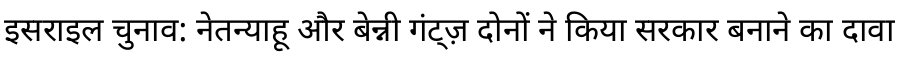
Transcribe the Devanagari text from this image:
इसराइल चुनाव: नेतन्याहू और बेन्नी गंट्ज़ दोनों ने किया सरकार बनाने का दावा